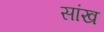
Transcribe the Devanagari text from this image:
सांख